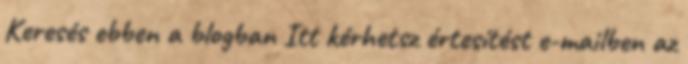
Keresés ebben a blogban Itt kérhetsz értesítést e-mailben az